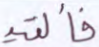
فألقيه